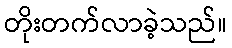
တိုးတက်လာခဲ့သည်။